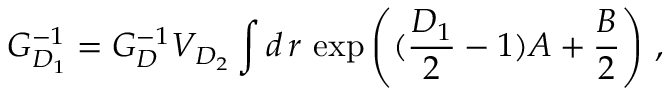
G _ { D _ { 1 } } ^ { - 1 } = G _ { D } ^ { - 1 } V _ { D _ { 2 } } \int d \, r \, \exp { \left( ( \frac { D _ { 1 } } { 2 } - 1 ) A + \frac { B } { 2 } \right) } ~ ,